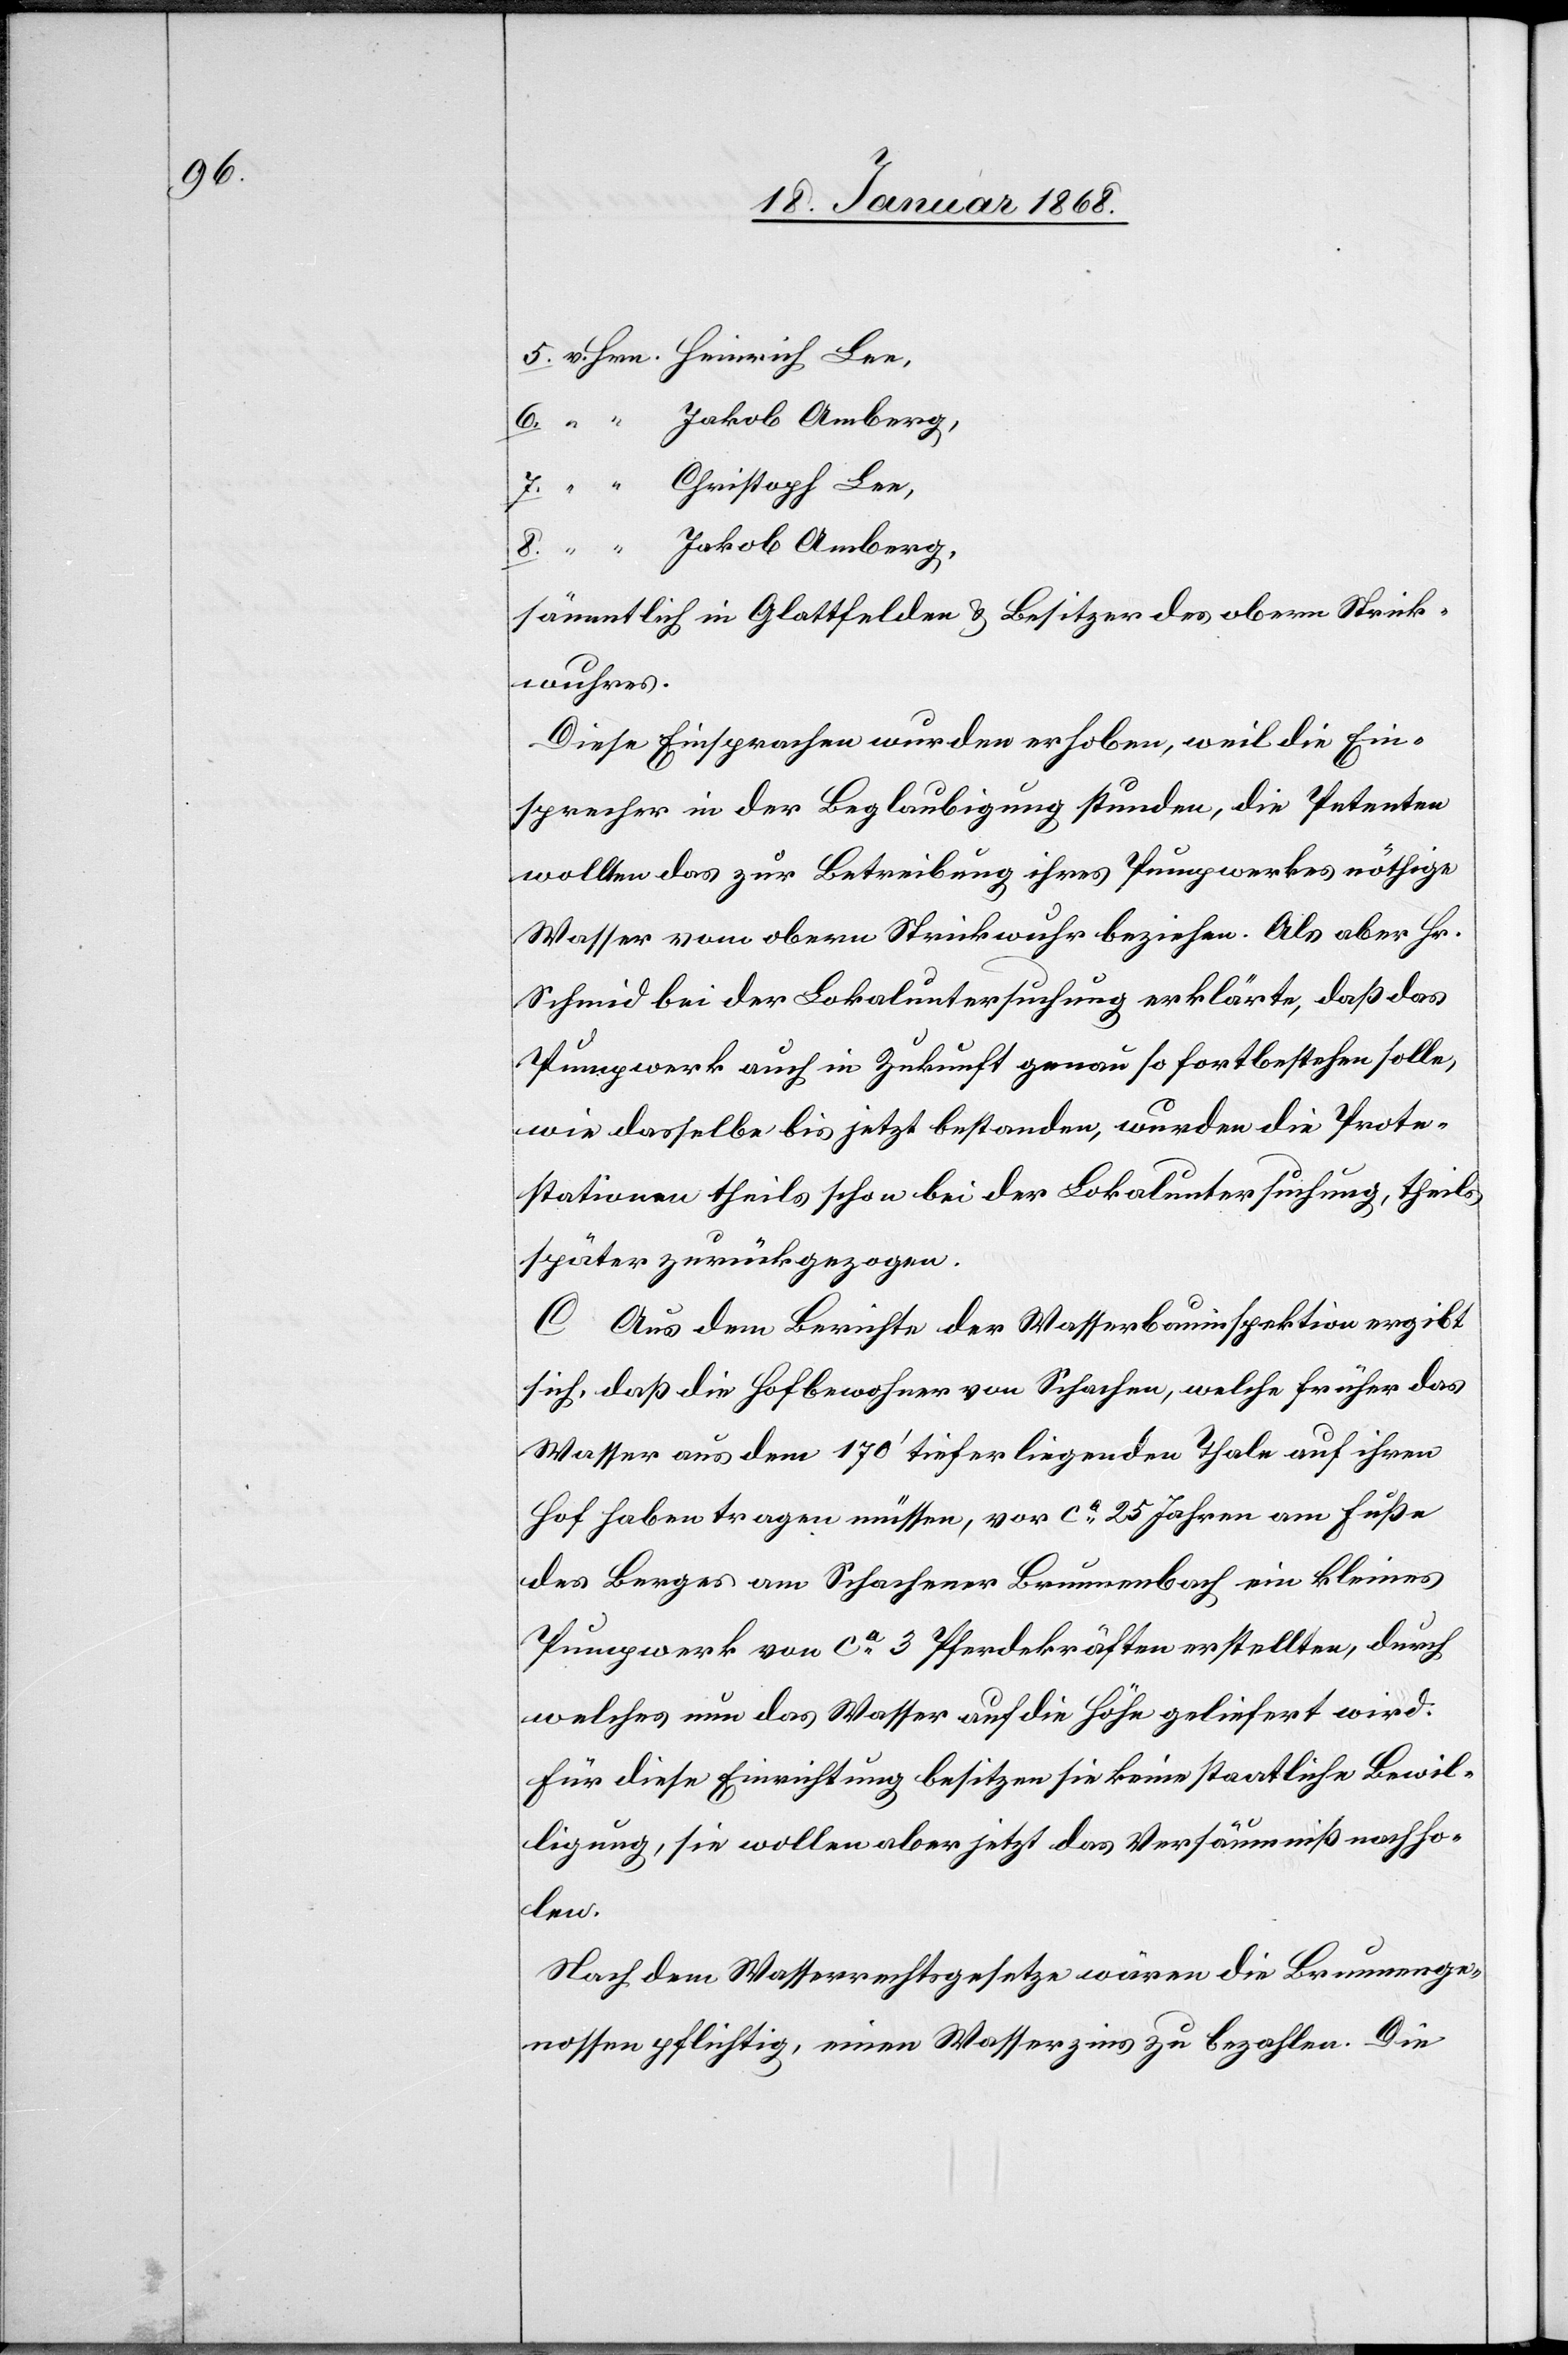
5.

v. Hrn. Heinrich Lee,
“ “ Jakob Amberg,
“ “ Christoph Lee,
“ “ Jakob Amberg,
sämmtlich in Glattfelden & Besitzer des obern Strick¬
wuhres.
Diese Einsprachen wurden erhoben, weil die Ein¬
sprecher in der Beglaubigung stunden, die Petenten
wollten das zur Betreibung ihres Pumpwerkes nöthige
Wasser vom obern Strickwuhr beziehen. Als aber Hr.
Schmid bei der Lokaluntersuchung erklärte, daß das
Pumpwerk auch in Zukunft genau so fortbestehen solle,
wie dasselbe bis jetzt bestanden, wurden die Prote¬
stationen theils schon bei der Lokaluntersuchung, theils
später zurückgezogen.
C Aus dem Berichte der Wasserbauinspektion ergibt
sich, daß die Hofbewohner von Schachen, welche früher das
Wasser aus dem 170‘ tiefer liegenden Thale auf ihren
Hof haben tragen müssen, vor ca. 25 Jahren am Fuße
des Berges am Schachener Brunnenbach ein kleines
Pumpwerk von ca. 3 Pferdekräften erstellten, durch
welches nun das Wasser auf die Höhe geliefert wird.
Für diese Einrichtung besitzen sie keine staatliche Bewil¬
ligung, sie wollen aber jetzt das Versäumniß nachho¬
len.
Nach dem Wasserrechtsgesetze wären die Brunnenge¬
nossen pflichtig, einen Wasserzins zu bezahlen. Die